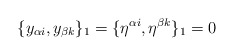
\begin{align*}\{y_{\alpha i}, y_{\beta k}\}_1=\{\eta^{\alpha i}, \eta^{\beta k}\}_1=0\end{align*}